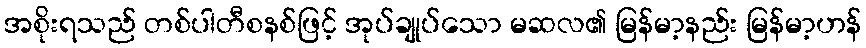
အစိုးရသည် တစ်ပါတီစနစ်ဖြင့် အုပ်ချုပ်သော မဆလ၏ မြန်မာ့နည်း မြန်မာ့ဟန်